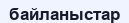
байланыстар